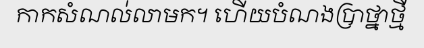
កាកសំណល់លាមក។ ហើយបំណងប្រាថ្នាថ្មី